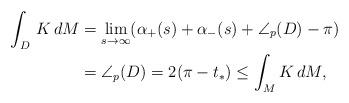
LaTeX: \begin{align*}\int_D \,K\,dM &= \lim_{s\to\infty} (\alpha_+(s) + \alpha_{-}(s) +\angle_p(D)-\pi) \\&=\angle_p(D)=2(\pi - t_{*})\le \int_M K\,dM,\end{align*}